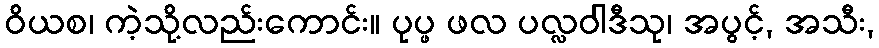
ဝိယစ၊ ကဲ့သို့လည်းကောင်း။ ပုပ္ဖ ဖလ ပလ္လဝါဒီသု၊ အပွင့်, အသီး,